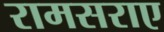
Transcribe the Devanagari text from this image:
रामसराए